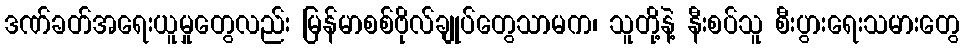
ဒဏ်ခတ်အရေးယူမှုတွေလည်း မြန်မာစစ်ဗိုလ်ချုပ်တွေသာမက၊ သူတို့နဲ့ နီးစပ်သူ စီးပွားရေးသမားတွေ